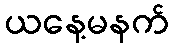
ယနေ့မနက်